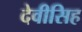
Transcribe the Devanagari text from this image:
देवीसिह